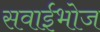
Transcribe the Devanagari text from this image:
सवाईभोज